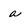
Character: a